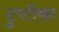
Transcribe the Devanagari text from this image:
टुप्टीका